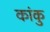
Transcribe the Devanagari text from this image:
कांकु